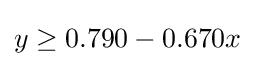
y\geq 0.790-0.670x